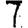
Digit: 7